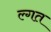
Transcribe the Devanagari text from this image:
ल्गत